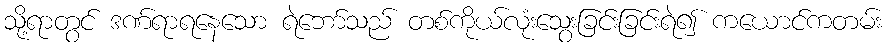
သို့ရာတွင် ဒဏ်ရာရနေသော ရဲဘော်သည် တစ်ကိုယ်လုံးသွေးခြင်းခြင်းရဲ၍ ကယောင်ကတမ်း